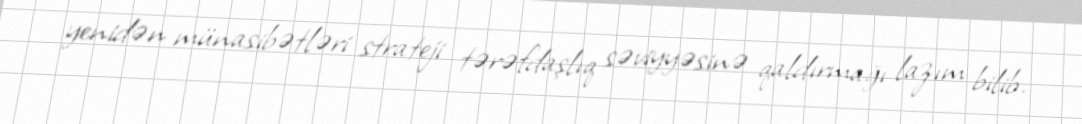
yenidən münasibətləri strateji tərəfdaşlıq səviyyəsinə qaldırmağı lazım bilib.